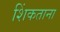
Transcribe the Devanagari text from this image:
शिंकताना